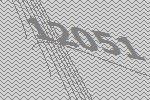
12051